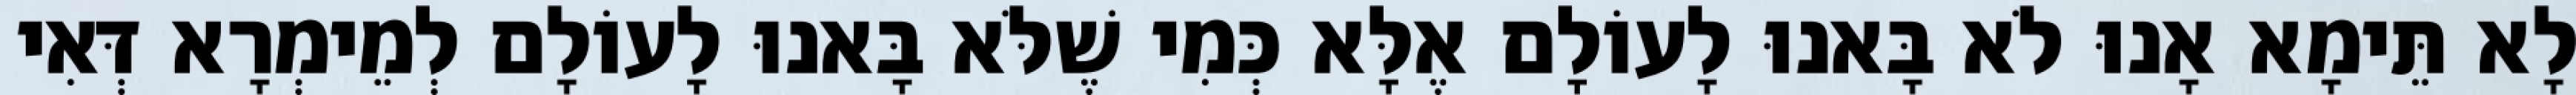
לָא תֵּימָא אָנוּ לֹא בָּאנוּ לָעוֹלָם אֶלָּא כְּמִי שֶׁלֹּא בָּאנוּ לָעוֹלָם לְמֵימְרָא דְּאִי